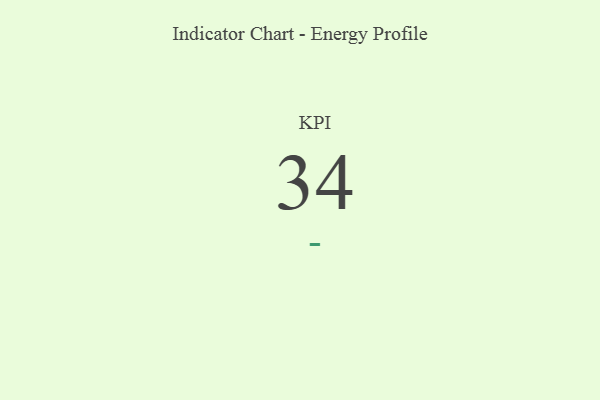
{"axis": {"x": "KPI", "y": "Value"}, "legend": [""], "data": [{"x": "KPI", "y": 34, "type": ""}]}